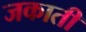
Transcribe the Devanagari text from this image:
जकाती